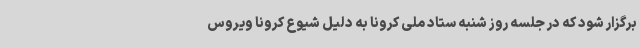
برگزار شود که در جلسه روز شنبه ستاد ملی کرونا به دلیل شیوع کرونا ویروس